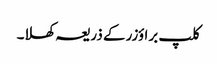
کلپ براؤزر کے ذریعہ کھلا۔